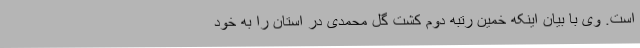
است. وی با بیان اینکه خمین رتبه دوم کشت گل محمدی در استان را به خود